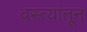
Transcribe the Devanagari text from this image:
वस्त्यांतून